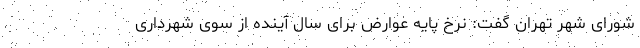
شورای شهر تهران گفت: نرخ پایه عوارض برای سال آینده از سوی شهرداری